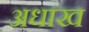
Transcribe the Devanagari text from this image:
अधाख